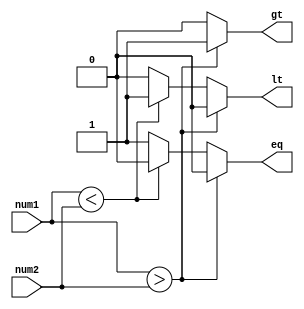
module signed_comparator (
    input signed [7:0] num1,
    input signed [7:0] num2,
    output reg gt, // Greater than
    output reg lt, // Less than
    output reg eq // Equal to
);

always @* begin
    if (num1 > num2) begin
        gt = 1;
        lt = 0;
        eq = 0;
    end else if (num1 < num2) begin
        gt = 0;
        lt = 1;
        eq = 0;
    end else begin
        gt = 0;
        lt = 0;
        eq = 1;
    end
end

endmodule